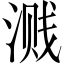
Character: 溅